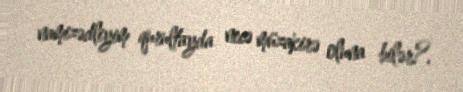
namizədliyim qurultayda necə müzakirə oluna bilər?.